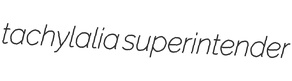
tachylalia superintender